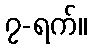
၇-ရက်။